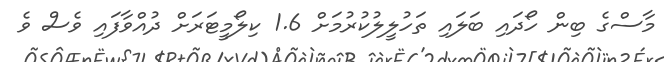
މާސްގެ ބިން ހޯދައި ބަލައި ތަހުލީލުކުުރުމަށް 1.6 ކިލޯމީޓަރަށް ދުއްވާފައި ވެސް ވެ